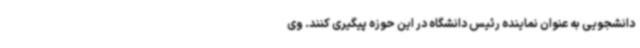
دانشجویی به عنوان نماینده رئیس دانشگاه در این حوزه پیگیری کنند. وی